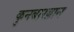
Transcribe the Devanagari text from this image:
कुनबारब्रान